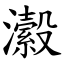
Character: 瀫